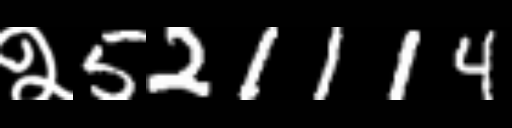
Text: २521114